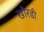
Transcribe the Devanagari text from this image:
खौरंडी